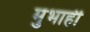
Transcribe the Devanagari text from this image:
मुभाही